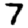
Digit: 7